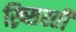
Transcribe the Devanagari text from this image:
ख्र्सिस्ती